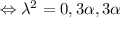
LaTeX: \Leftrightarrow \lambda ^ { 2 } = 0 , 3 \alpha , 3 \alpha